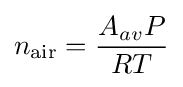
n_{\text{air}}={\frac {A_{av}P}{RT}}